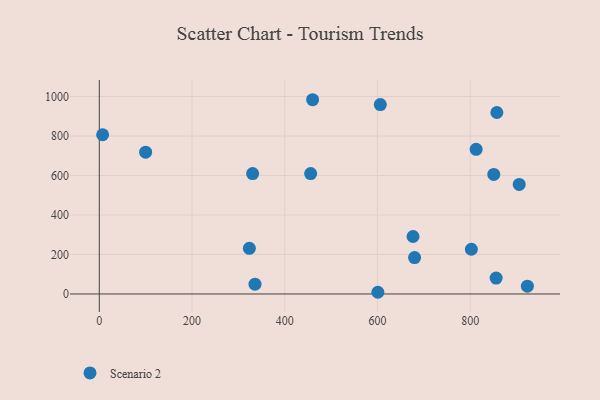
{"axis": {"x": "Distance", "y": "Sales"}, "legend": ["Scenario 2"], "data": [{"x": "857.5", "y": 919.1, "type": "Scenario 2"}, {"x": "923.3", "y": 39.3, "type": "Scenario 2"}, {"x": "606.1", "y": 959.4, "type": "Scenario 2"}, {"x": "330.7", "y": 609.6, "type": "Scenario 2"}, {"x": "335.8", "y": 49.6, "type": "Scenario 2"}, {"x": "855.9", "y": 80.5, "type": "Scenario 2"}, {"x": "676.7", "y": 291.1, "type": "Scenario 2"}, {"x": "600.8", "y": 8.6, "type": "Scenario 2"}, {"x": "455.9", "y": 609.6, "type": "Scenario 2"}, {"x": "812.8", "y": 732.7, "type": "Scenario 2"}, {"x": "802.5", "y": 226.5, "type": "Scenario 2"}, {"x": "460.1", "y": 983.8, "type": "Scenario 2"}, {"x": "680.0", "y": 184.2, "type": "Scenario 2"}, {"x": "99.9", "y": 718.3, "type": "Scenario 2"}, {"x": "850.8", "y": 605.3, "type": "Scenario 2"}, {"x": "7.2", "y": 806.4, "type": "Scenario 2"}, {"x": "323.7", "y": 231.3, "type": "Scenario 2"}, {"x": "905.7", "y": 554.7, "type": "Scenario 2"}]}